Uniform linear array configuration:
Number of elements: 24
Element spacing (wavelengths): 0.75
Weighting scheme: cosine
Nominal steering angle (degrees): -30
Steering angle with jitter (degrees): -28.705
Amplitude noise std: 0.05
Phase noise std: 0.05

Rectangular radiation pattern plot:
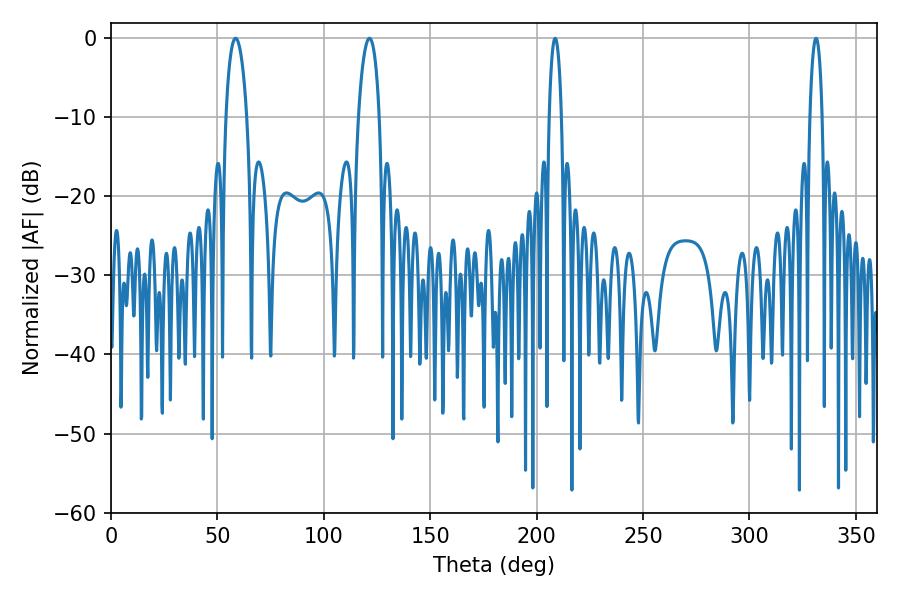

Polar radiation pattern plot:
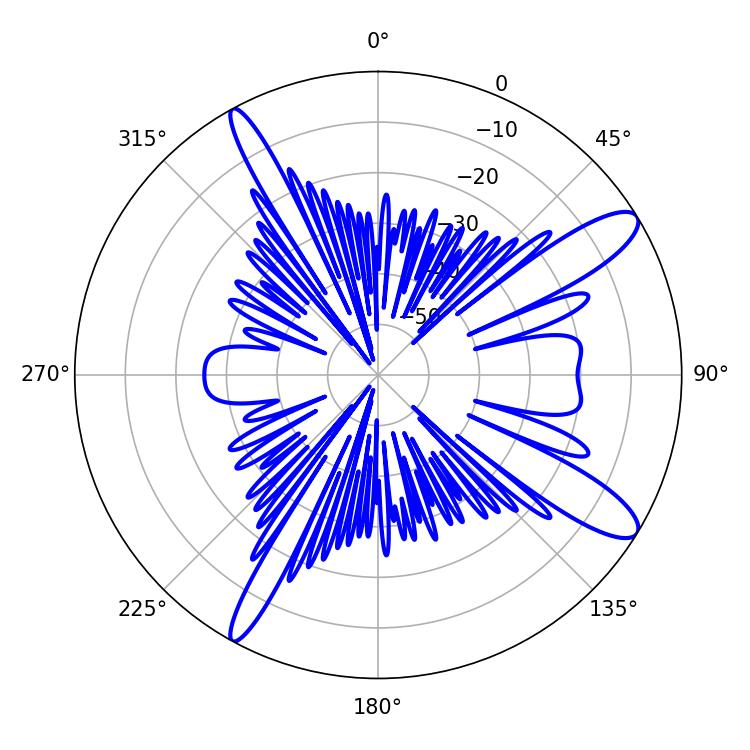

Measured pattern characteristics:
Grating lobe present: TRUE
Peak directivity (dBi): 12.068
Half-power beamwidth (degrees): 5.58
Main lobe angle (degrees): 58.5